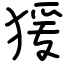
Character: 猨